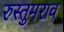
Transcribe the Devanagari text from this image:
रुस्तुमराव